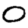
Digit: 0